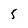
Character: 5